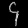
Digit: ၄